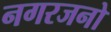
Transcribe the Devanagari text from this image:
नगरजनो